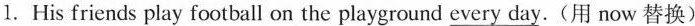
1.His friends play football on the playground \underline{every day}.(用 now 替换)